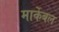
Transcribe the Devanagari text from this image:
मार्केबल